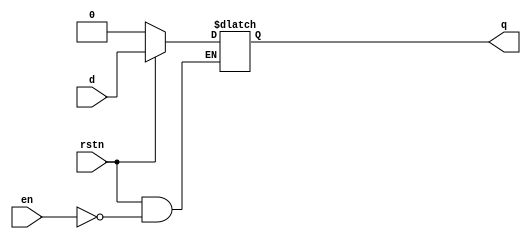
// N bit wide D Latch with enable
// and active-low reset.

module d_latch #(
    parameter N = 1
)(
    input              rstn,
    input              en,
    input      [N-1:0] d,
    output reg [N-1:0] q
);

    always @ (en or rstn or d) begin
        if (!rstn)   q <= 0;
        else if (en) q <= d;
    end

endmodule